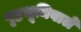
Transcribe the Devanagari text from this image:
पृष्ठभूमिवाले